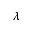
\lambda